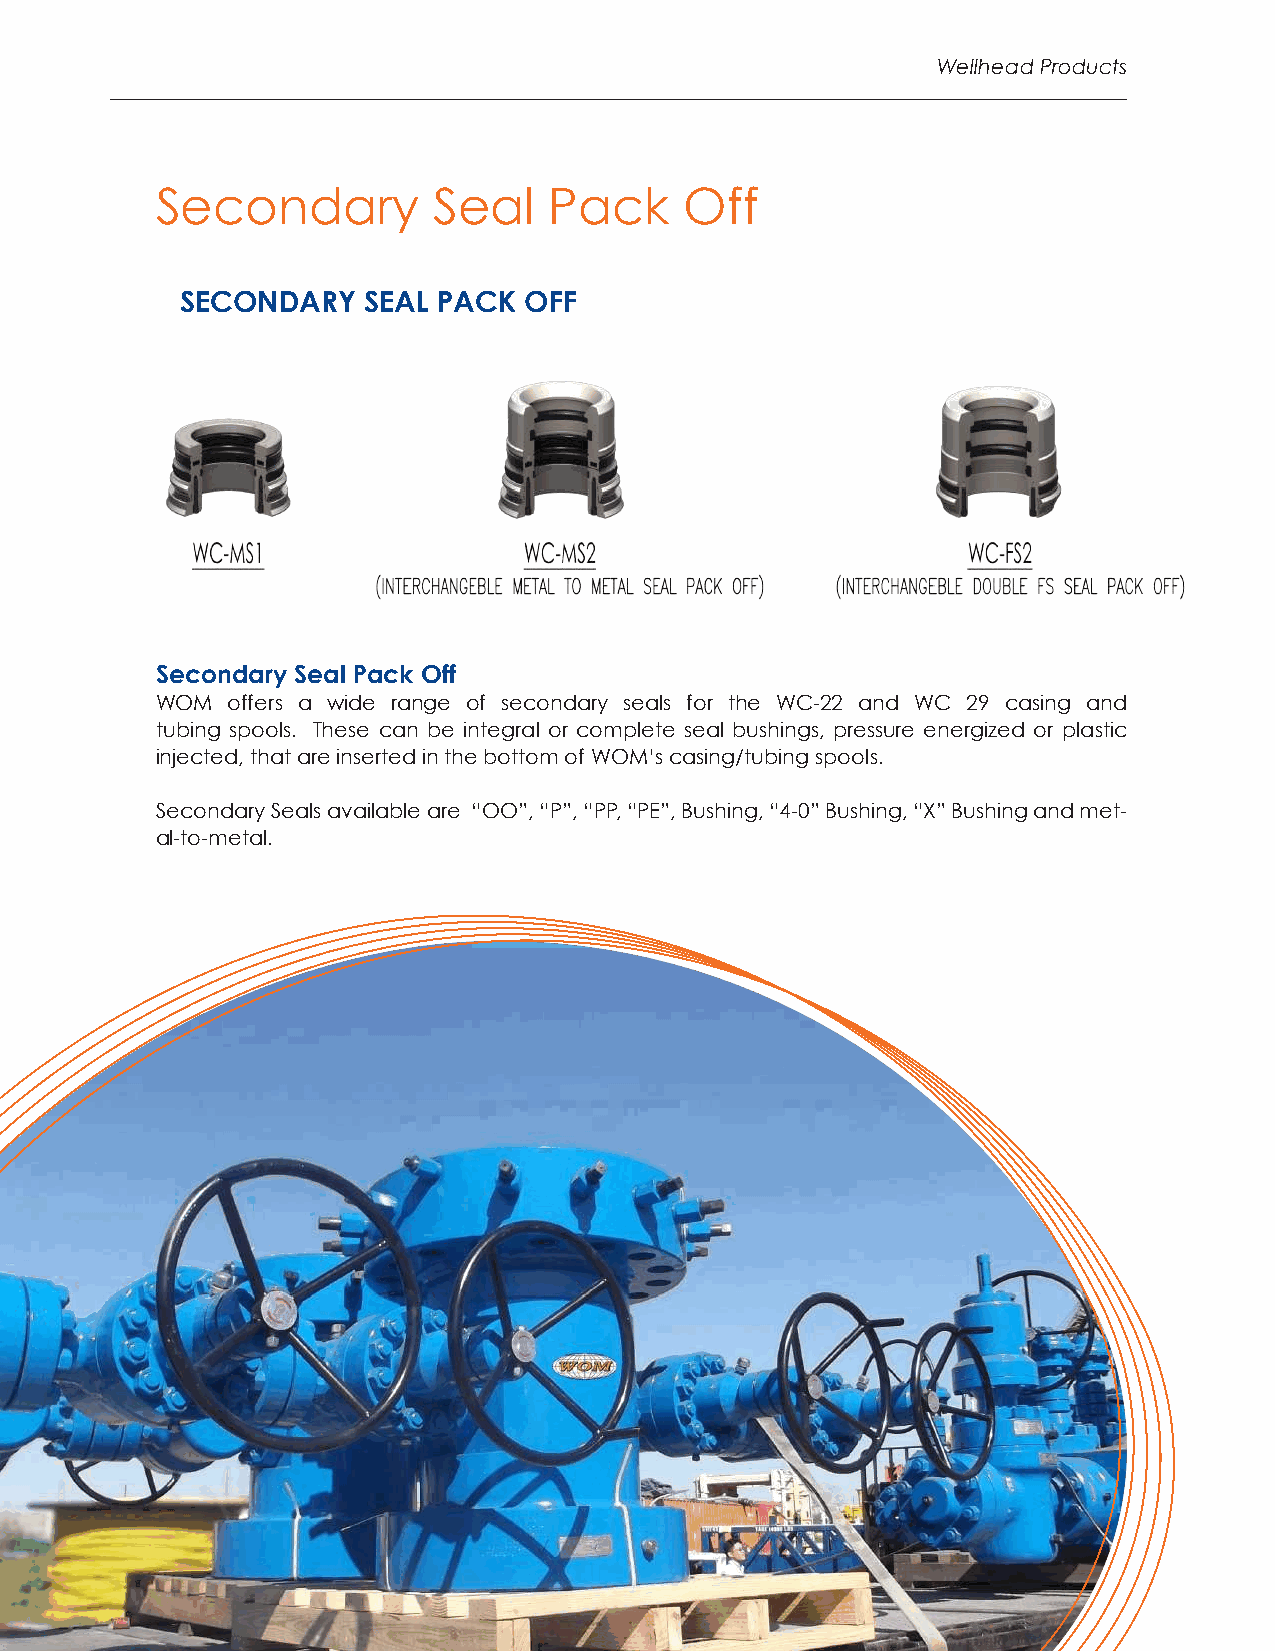
Wellhead Products
 Secondary          Seal   Pack     Off
 SECONDARY   SEAL PACK  OFF
 Secondary Seal Pack Off
 WOM  offers a wide range of secondary seals for the WC-22 and WC 29 casing and
 tubing spools. These can be integral or complete seal bushings, pressure energized or plastic
 injected, that are inserted in the bottom of WOM’s casing/tubing spools.
 Secondary Seals available are “OO”, “P”, “PP, “PE”, Bushing, “4-0” Bushing, “X” Bushing and met-
 al-to-metal.
 12